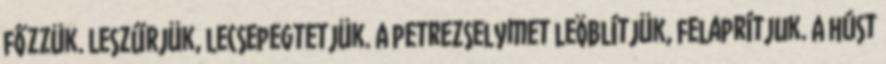
főzzük. Leszűrjük, lecsepegtetjük. A petrezselymet leöblítjük, felaprítjuk. A húst